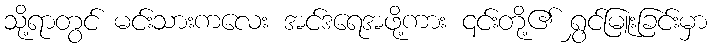
သို့ရာတွင် မင်းသားကလေး အင်ဒရေအဖို့ကား ၎င်းတို့၏ ရွှင်မြူးခြင်းမှာ